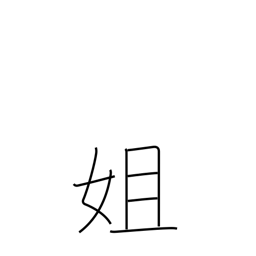
Meaning: elder sister